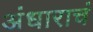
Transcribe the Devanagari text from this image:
अंधाराचं